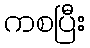
ကစပြီး